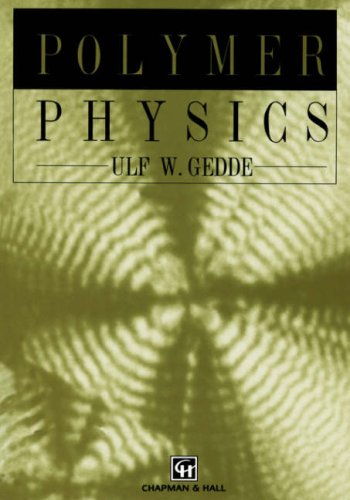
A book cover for Polymer Physics; Ulf Gedde; Science & Math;